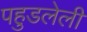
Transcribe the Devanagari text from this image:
पहुडलेली